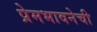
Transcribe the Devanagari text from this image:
प्रेमभावनेची